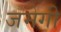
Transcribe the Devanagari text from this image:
जमेगी